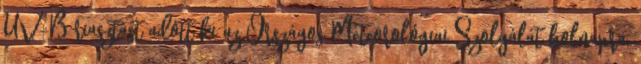
UV-B riasztást adott ki az Országos Meteorológiai Szolgálat holnapra,